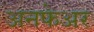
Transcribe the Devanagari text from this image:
अनफेअर